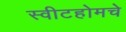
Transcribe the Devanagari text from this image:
स्वीटहोमचे